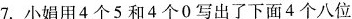
7. 小娟用 4 个 5 和 4 个 0 写出了下面 4 个八位